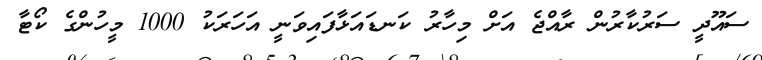
ސައޫދީ ސަރުކާރުން ރާއްޖެ އަށް މިހާރު ކަނޑައަޅާފައިވަނީ އަހަރަކު 1000 މީހުންގެ ކޯޓާ